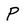
Character: P